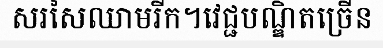
សរសៃឈាមរីក។វេជ្ជបណ្ឌិតច្រើន